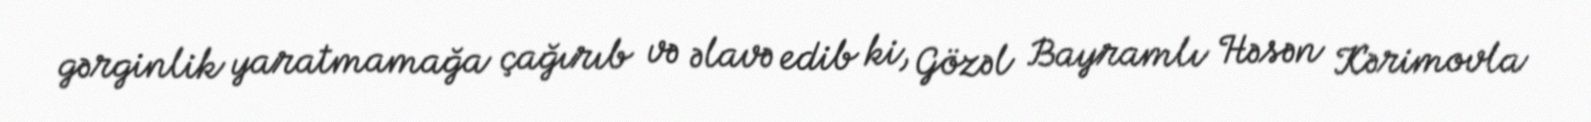
gərginlik yaratmamağa çağırıb və əlavə edib ki, Gözəl Bayramlı Həsən Kərimovla